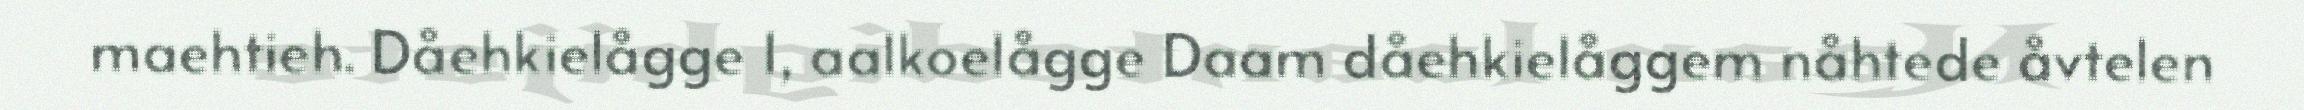
maehtieh. Dåehkielågge 1, aalkoelågge Daam dåehkielåggem nåhtede åvtelen